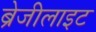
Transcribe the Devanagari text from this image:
ब्रेजीलाइट